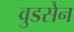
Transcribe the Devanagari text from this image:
वुडसेन